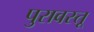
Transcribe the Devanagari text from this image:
पुरावस्तू